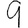
Digit: 9